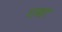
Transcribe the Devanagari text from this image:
गबर